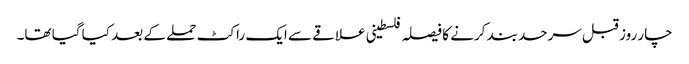
چار روز قبل سرحد بند کرنے کا فیصلہ فلسطینی علاقے سے ایک راکٹ حملے کے بعد کیا گیا تھا۔